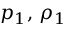
p _ { 1 } , \, \rho _ { 1 }